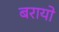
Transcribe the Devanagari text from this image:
बरायो